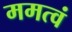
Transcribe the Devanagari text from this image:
ममत्वं